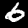
Label: 6